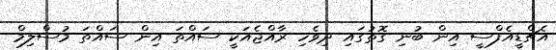
އެޗްޑީއެފްސީ އިން ބުނި ގޮތުގައި ދިވެހި ރާއްޖެއަކީ ސައްތަ އިން ސައްތަ މުސްލިމް